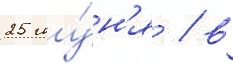
25 иу́н'я / в